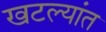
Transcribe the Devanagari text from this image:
खटल्यांत